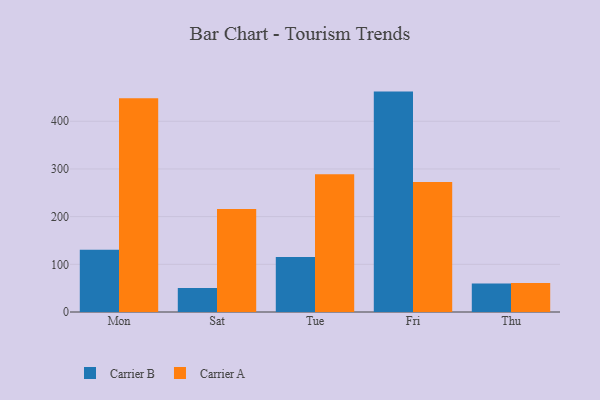
{"axis": {"x": "Day", "y": "Budget (USD K)"}, "legend": ["Carrier A", "Carrier B"], "data": [{"x": "Mon", "y": 130.6, "type": "Carrier B"}, {"x": "Mon", "y": 448.5, "type": "Carrier A"}, {"x": "Sat", "y": 50.3, "type": "Carrier B"}, {"x": "Sat", "y": 215.8, "type": "Carrier A"}, {"x": "Tue", "y": 115.1, "type": "Carrier B"}, {"x": "Tue", "y": 289.0, "type": "Carrier A"}, {"x": "Fri", "y": 462.2, "type": "Carrier B"}, {"x": "Fri", "y": 272.7, "type": "Carrier A"}, {"x": "Thu", "y": 59.9, "type": "Carrier B"}, {"x": "Thu", "y": 61.0, "type": "Carrier A"}]}